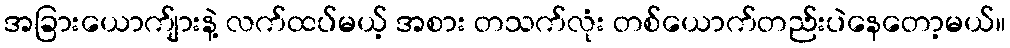
အခြားယောက်ျားနဲ့ လက်ထပ်မယ့် အစား တသက်လုံး တစ်ယောက်တည်းပဲနေတော့မယ်။